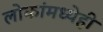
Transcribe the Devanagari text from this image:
लोकांमध्येही